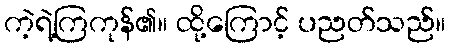
ကဲ့ရဲ့ကြကုန်၏။ ထို့ကြောင့် ပညတ်သည်။